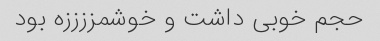
حجم خوبی داشت و خوشمززززه بود